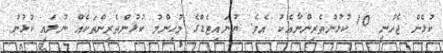
ކުޅެން ޖެހުނީ 10 ކުޅުންތެރިންނާއެކު އެވެ. ޔުނައިޓެޑްގެ މުހިންމު ކުޅުންތެރިންތަކެއް ނުލައި ކުޅުނު